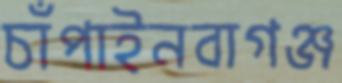
চাঁপাইনবাগঞ্জ